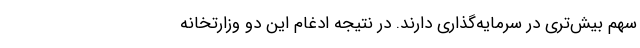
سهم بیش‌تری در سرمایه‌گذاری دارند. در نتیجه ادغام این دو وزارتخانه